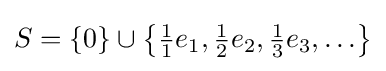
S=\{0\}\cup \left\{{\tfrac {1}{1}}e_{1},{\tfrac {1}{2}}e_{2},{\tfrac {1}{3}}e_{3},\ldots \right\}